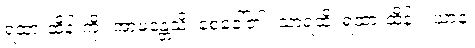
ရထားထိန်းကို။ အာမန္တေသိ၊ စေခေါ်၏။ သာရထိ၊ ရထားထိန်း။ ယာနံ၊